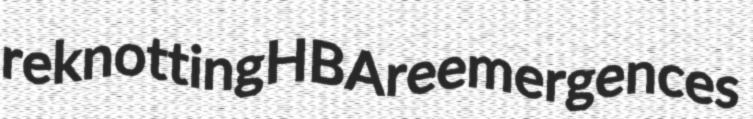
reknotting HBA reemergences